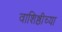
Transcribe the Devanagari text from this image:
वाशिष्ठीच्या